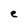
Character: e